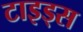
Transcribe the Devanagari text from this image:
टाइड्स